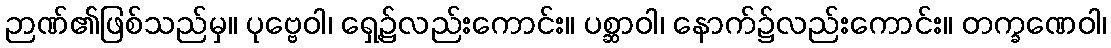
ဉာဏ်၏ဖြစ်သည်မှ။ ပုဗ္ဗေဝါ၊ ရှေ့၌လည်းကောင်း။ ပစ္ဆာဝါ၊ နောက်၌လည်းကောင်း။ တက္ခဏေဝါ၊